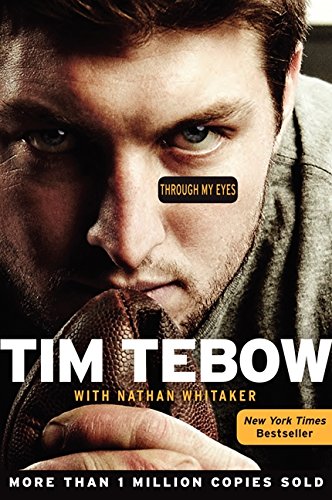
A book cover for Through My Eyes; Tim Tebow; Biographies & Memoirs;